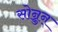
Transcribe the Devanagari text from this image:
सोन्नुन्